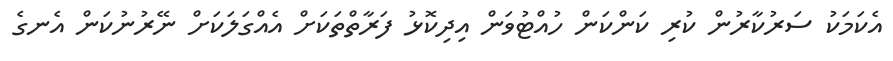
އެކަމަކު ސަރުކާރުން ކުރި ކަންކަން ހުއްޓުވަން އިދިކޮޅު ފަރާތްތަކަށް އެއްގަލަކަށް ނޭރުނުކަން އެނގެ